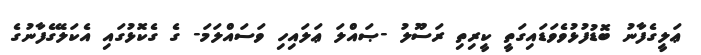
ޢަލީގެފާނު ބޮޑުފުޅުވެވަޑައިގަތީ ކީރިތި ރަސޫލު -ޞައްލަ ޢަލައިހި ވަސައްލަމަ- ގެ ގެކޮޅުގައި އެކަލޭގެފާނުގެ